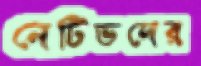
নেটিভদের